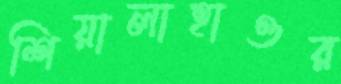
শিয়ালাহাওর